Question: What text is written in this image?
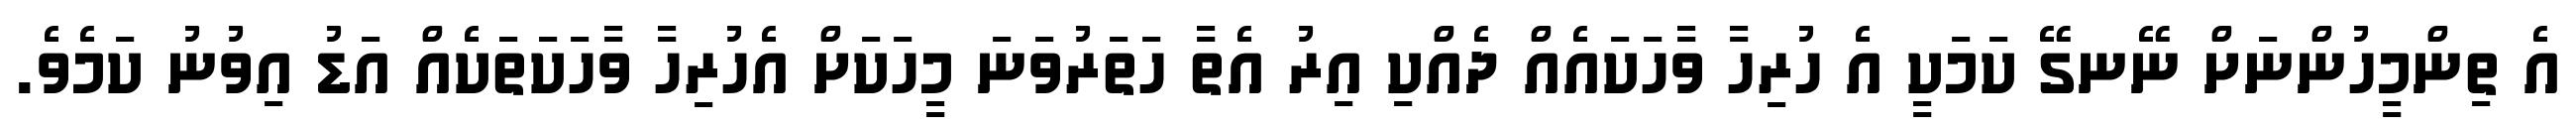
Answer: އެ ތިންމީހުންނަށް ނޭނގޭ ކަމަކީ އެ ހުރިހާ ވާހަކައެއް ދެއްކި އިރު އެތާ ހަތަރުވަނަ މީހަކަށް އެހުރިހާ ވާހަކަތަކެއް އަޑު އިވުނު ކަމެވެ.